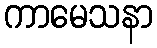
ကာမေသနာ